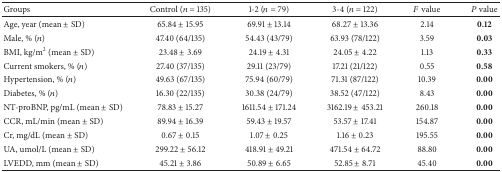
<table><thead><tr><td><b>Groups</b></td><td><b>Control (<i>n</i> = 135)</b></td><td><b>1-2 (<i>n</i> = 79)</b></td><td><b>3-4 (<i>n</i> = 122)</b></td><td><b><i>F</i> value</b></td><td><b><i>P</i> value</b></td></tr></thead><tbody><tr><td>Age, year (mean ± SD)</td><td>65.84 ± 15.95</td><td>69.91 ± 13.14</td><td>68.27 ± 13.36</td><td>2.14</td><td><b>0.12</b></td></tr><tr><td>Male, % (<i>n</i>)</td><td>47.40 (64/135)</td><td>54.43 (43/79)</td><td>63.93 (78/122)</td><td>3.59</td><td><b>0.03</b></td></tr><tr><td>BMI, kg/m<sup>2</sup> (mean ± SD)</td><td>23.48 ± 3.69</td><td>24.19 ± 4.31</td><td>24.05 ± 4.22</td><td>1.13</td><td><b>0.33</b></td></tr><tr><td>Current smokers, % (<i>n</i>)</td><td>27.40 (37/135)</td><td>29.11 (23/79)</td><td>17.21 (21/122)</td><td>0.55</td><td><b>0.58</b></td></tr><tr><td>Hypertension, % (<i>n</i>)</td><td>49.63 (67/135)</td><td>75.94 (60/79)</td><td>71.31 (87/122)</td><td>10.39</td><td><b>0.00</b></td></tr><tr><td>Diabetes, % (<i>n</i>)</td><td>16.30 (22/135)</td><td>30.38 (24/79)</td><td>38.52 (47/122)</td><td>8.43</td><td><b>0.00</b></td></tr><tr><td>NT-proBNP, pg/mL (mean ± SD)</td><td>78.83 ± 15.27</td><td>1611.54 ± 171.24</td><td>3162.19 ± 453.21</td><td>260.18</td><td><b>0.00</b></td></tr><tr><td>CCR, mL/min (mean ± SD)</td><td>89.94 ± 16.39</td><td>59.43 ± 19.57</td><td>53.57 ± 17.41</td><td>154.87</td><td><b>0.00</b></td></tr><tr><td>Cr, mg/dL (mean ± SD)</td><td>0.67 ± 0.15</td><td>1.07 ± 0.25</td><td>1.16 ± 0.23</td><td>195.55</td><td><b>0.00</b></td></tr><tr><td>UA, umol/L (mean ± SD)</td><td>299.22 ± 56.12</td><td>418.91 ± 49.21</td><td>471.54 ± 64.72</td><td>88.80</td><td><b>0.00</b></td></tr><tr><td>LVEDD, mm (mean ± SD)</td><td>45.21 ± 3.86</td><td>50.89 ± 6.65</td><td>52.85 ± 8.71</td><td>45.40</td><td><b>0.00</b></td></tr></tbody></table>